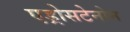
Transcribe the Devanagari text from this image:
एड्रोसटेनोन